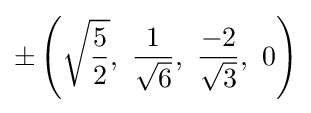
\pm \left({\sqrt {\frac {5}{2}}},\ {\frac {1}{\sqrt {6}}},\ {\frac {-2}{\sqrt {3}}},\ 0\right)